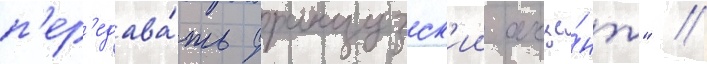
п'ер'едава́ть французск'ии акце́нт" //